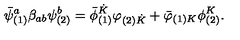
{ { \bar { \psi } } _ { ( 1 ) } ^ { a } } \beta _ { a b } \psi _ { ( 2 ) } ^ { b } = { { \bar { \phi } } _ { ( 1 ) } ^ { \dot { K } } } \varphi _ { ( 2 ) { \dot { K } } } + { { \bar { \varphi } } _ { ( 1 ) K } } \phi _ { ( 2 ) } ^ { K } .